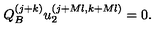
Q _ { B } ^ { ( j + k ) } u _ { 2 } ^ { ( j + M l , k + M l ) } = 0 .